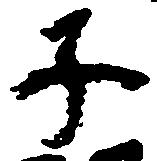
子